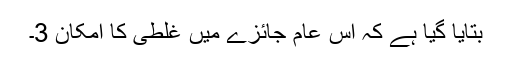
بتایا گیا ہے کہ اس عام جائزے میں غلطی کا امکان 3۔